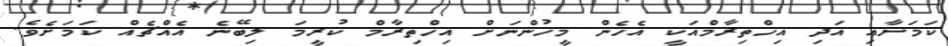
ކަމަށާއި އަދި އިހްތިރާމްއަކީ އެހެން މީހުންނަށް އިހްތިރާމް ކުރީމަ ލިބޭނެ އެއްޗެއް ކަމަށެވެ.